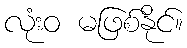
လုံးဝ မဖြစ်နိုင်။